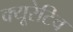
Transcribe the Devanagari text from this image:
क्यूरेटिव